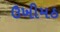
ઉખીમઠ